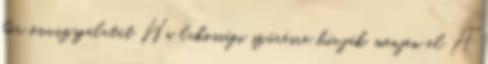
bőr önvizsgálatát Ha lakossági szűrésre hívják, menjen el A